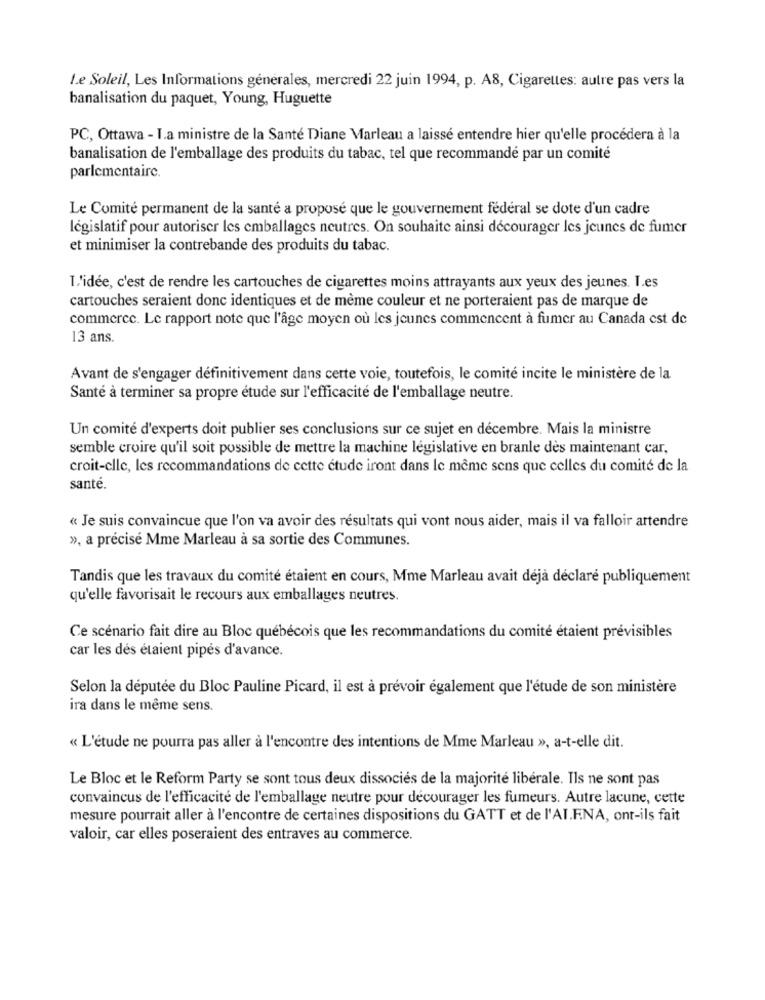
Le Soleil, Les Informations générales, mercredi 22 juin 1994, p. A8, Cigarettes: autre pas vers la
banalisation du paquet, Young, Huguette
PC, Ottawa - I.a ministre de la Santé Diane Marleau a laissé entendre hier qu'elle procédera à la
banalisation de l'emballage des produits du tabac, tel que recommandé par un comité
parlementaire.
Le Comité permanent de la santé a proposé que le gouvernement fédéral se dote d'un cadre
législatif pour autoriser les emballages neutres. On souhaite ainsi décourager les jeunes de fumer
et minimiser la contrebande des produits du tabac.
L'idée, c'est de rendre les cartouches de cigarettes moins attrayants aux yeux des jeunes. I.es
cartouches seraient donc identiques et de mème couleur et ne porteraient pas de marque de
commerce. Le rapport note que l'âge moyen où les jeunes commencent à fumer au Canada est de
13 ans.
Avant de s'engager définitivement dans cette voie, toutefois, le comité incite le ministère de la
Santé à terminer sa propre étude sur l'efficacité de l'emballage neutre.
Un comité d'experts doit publier ses conclusions sur ce sujet en décembre. Mais la ministre
semble croire qu'il soit possible de mettre la machine législative en branle dès maintenant car,
croit-elle, les recommandations de cette étude iront dans le même sens que celles du comité de la
sante.
« Je suis convaincue que l'on va avoir des résultats qui vont nous aider, mais il va falloir attendre
», a précisé Mme Marleau à sa sortie des Communes.
Tandis que les travaux du comité étaient en cours, Mme Marleau avait déjà déclaré publiquement
qu'elle favorisait le recours aux emballages neutres.
Ce scénario fait dire au Bloc québécois que les recommandations du comité étaient prévisibles
car les dés étaient pipés d'avance.
Selon la députée du Bloc Pauline Picard, il est à prévoir également que l'étude de son ministère
ira dans le même sens.
« L'étude ne pourra pas aller à l'encontre des intentions de Mme Marleau », a-t-elle dit.
Le Bloc et le Reform Party se sont tous deux dissociés de la majorité libérale. Ils ne sont pas
convaincus de l'efficacité de l'emballage neutre pour décourager les fumeurs. Autre lacune, cette
mesure pourrait aller à l'encontre de certaines dispositions du GATT et de l'AI.F.NA, ont-ils fait
valoir, car elles poseraient des entraves au commerce.